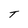
Character: T